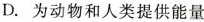
D. 为动物和人类提供能量